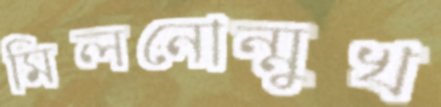
মিলনোন্মুখ